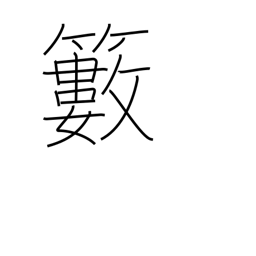
Meaning: bush